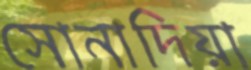
সোনাদিয়া